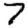
Digit: 7